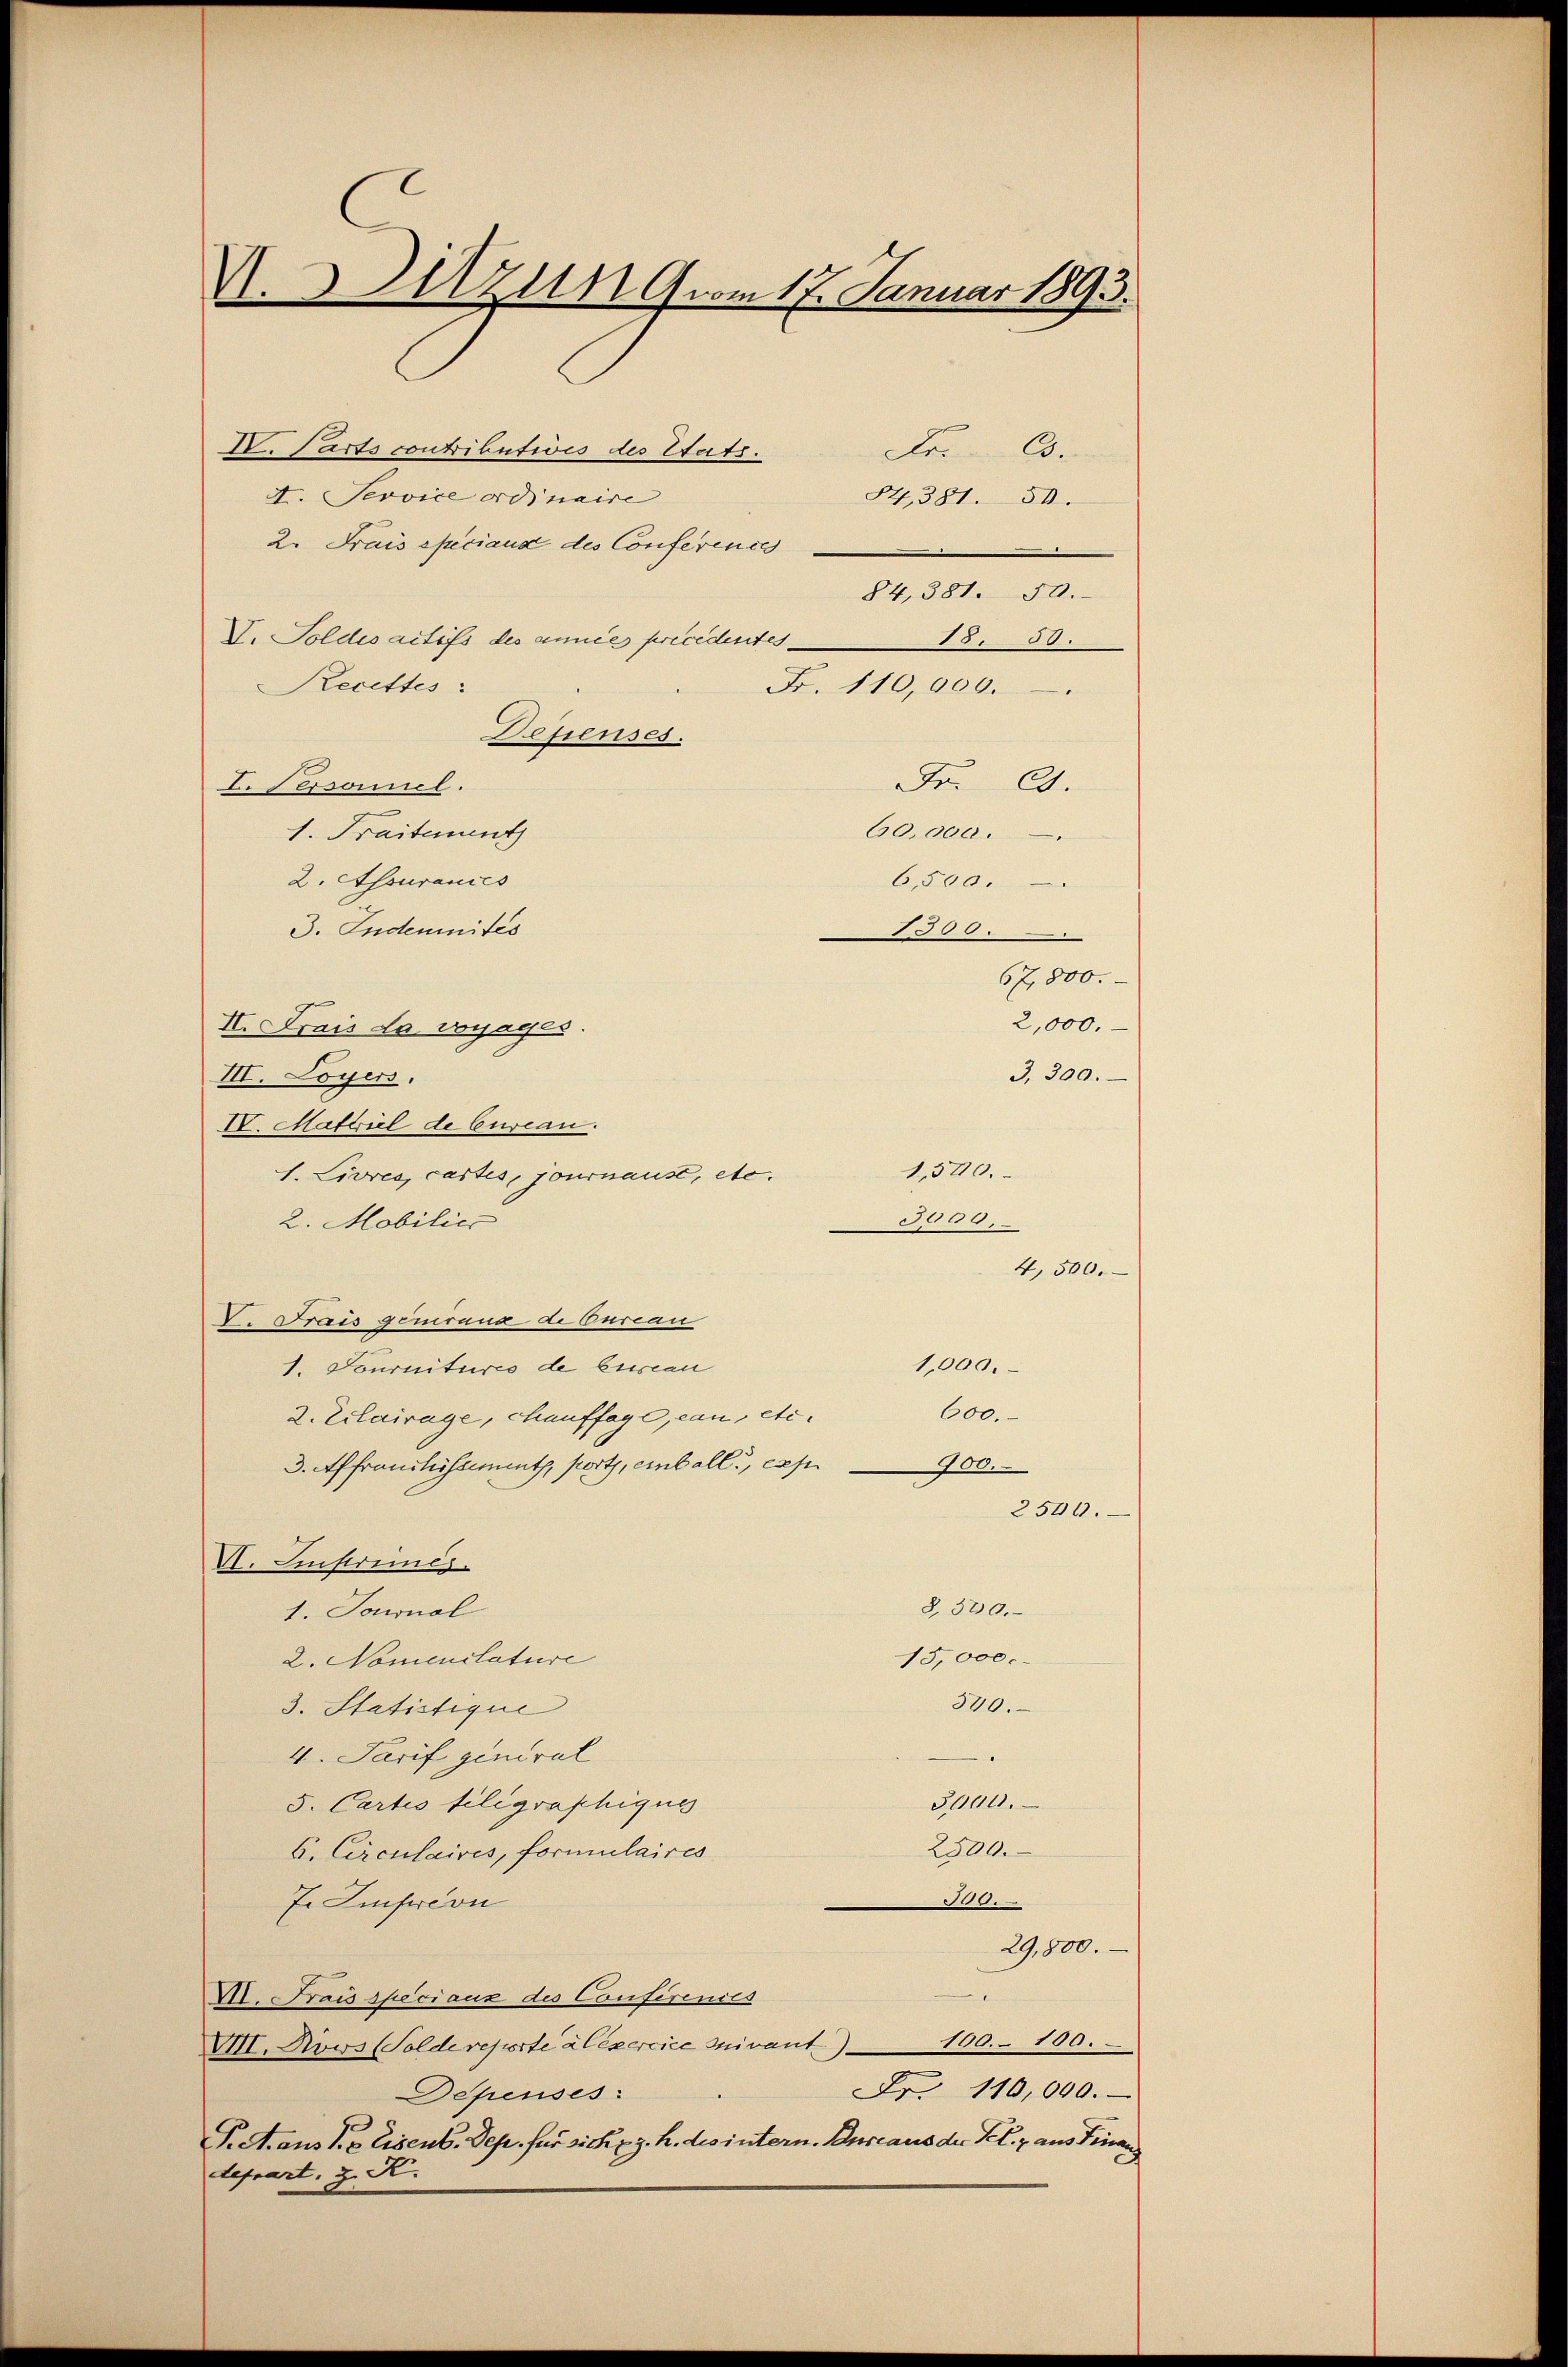
V. Parts contributiis des Etats.
Fr. 6.
A. Service ordinaire
84,381. 30.
2. Frais speciaux des Conference
V. Soldesactifs des annie précédentes
18.50.
Fr. 110,000.
esienses.
Fr. 24.
60,000.
1. Fraitent
2. Assurances
3. Indemnités
67,800.
2,000.
II. Frais la vorrages.
3,300.
III. Loyers.
IV. Mariel de Cureau.
1. Livres, castes, journaust, etc.
309,
2. Mobilie
4,500.
V. Trais gerirung de Curian
1. Journitures de bisseau
1,000.
600.
2. Erlairage, chauffage, can etc.
3. Affranchistimmt, port, einball, exp
900.
2500.
VI. Finstreines.
8,300.
1. Tournal
2. Nomenilature
15,000.
540.
3. Statistique
4. Tarif general
5. Cartis filigraphiques
3000.
2500.
6. Circulaires, formulaires
J Imfecon
180.
29,800.
A. Frais speciaux des Conferenies
VII. Novs (Solde reporte à exercice suivant. 160. 100.
Fr. 110,000.
Depenses:
P.A.aus S. 8 Eisens. Sep. für sich u. z. h. des intern. Bureaus der Sch. 7 aus Finanz
depart, z. K.

V.Uzun vom 17. Januar 1893.

Recettes
L. Personel.

6,500.
1300.

1,500.

84,381. 50.